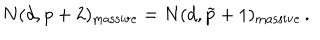
N ( d , p + 2 ) _ { \mathrm { m a s s i v e } } = N ( d , \tilde { p } + 1 ) _ { \mathrm { m a s s i v e } } \, .